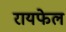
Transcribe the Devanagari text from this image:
रायफेल